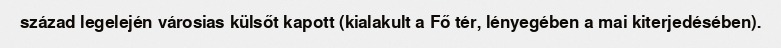
század legelején városias külsőt kapott (kialakult a Fő tér, lényegében a mai kiterjedésében).